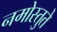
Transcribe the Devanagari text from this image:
नमोस्तुते